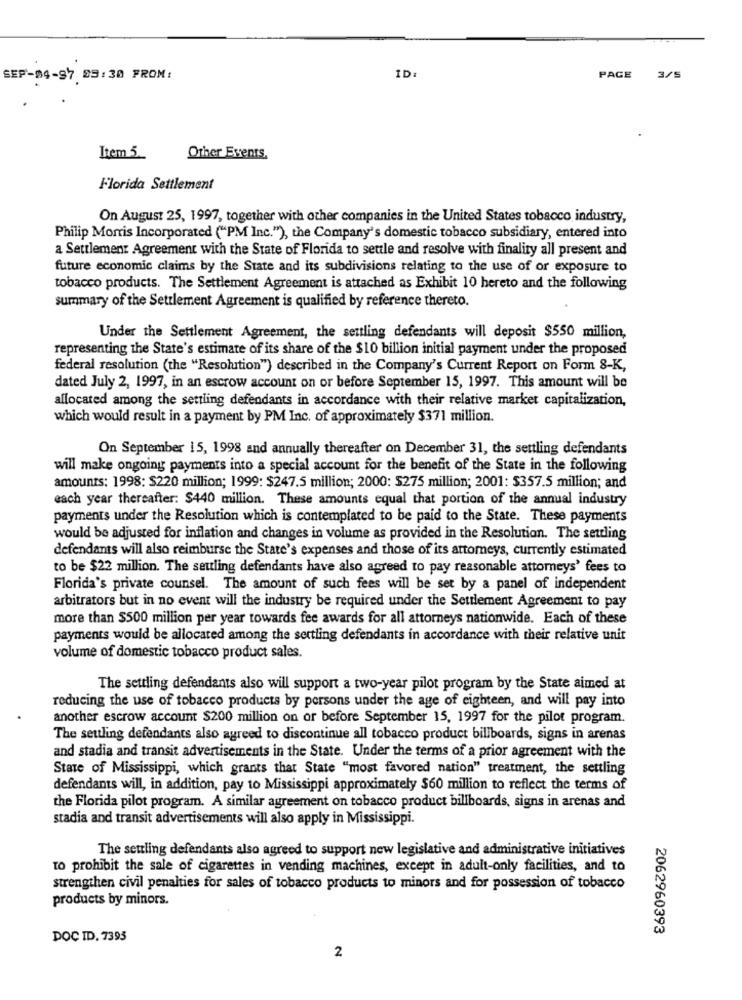
SEP-04-97 09:30 FROM:
ID:
PAGE
3/5
Item 5.
Other Events.
Florida Settlement
On August 25, 1997, together with other companies in the United States tobacco industry,
Philip Morris Incorporated ("PM Inc."), the Company's domestic tobacco subsidiary, entered into
a Settlement Agreement with the State of Florida to settle and resolve with finality all present and
future economic claims by the State and its subdivisions relating to the use of or exposure to
tobacco products. The Settlement Agreement is attached as Exhibit 10 hereto and the following
summary of the Settlement Agreement is qualified by reference thereto.
Under the Settlement Agreement, the settling defendants will deposit $550 million,
representing the State's estimate of its share of the $10 billion initial payment under the proposed
federal resolution (the "Resolution") described in the Company's Current Report on Form 8-K,
dated July 2, 1997, in an escrow account on or before September 15, 1997. This amount will be
allocated among the settling defendants in accordance with their relative market capitalization,
which would result in a payment by PM Inc. of approximately $371 million.
On September 15, 1998 and annually thereafter on December 31, the settling defendants
will make ongoing payments into a special account for the benefit of the State in the following
amounts: 1998: S220 million; 1999: $247.5 million; 2000: $275 million; 2001: $357.5 million; and
each year thereafter: $440 million. These amounts equal that portion of the annual industry
payments under the Resolution which is contemplated to be paid to the State. These payments
would be adjusted for inflation and changes in volume as provided in the Resolution. The settling
defendants will also reimburse the State's expenses and those of its attorneys, currently estimated
to be $22 million. The settling defendants have also agreed to pay reasonable attorneys' fees to
Florida's private counsel. The amount of such fees will be set by a panel of independent
arbitrators but in no event will the industry be required under the Settlement Agreement to pay
more than $500 million per year towards fee awards for all attorneys nationwide. Each of these
payments would be allocated among the settling defendants in accordance with their relative unit
volume of domestic tobacco product sales.
The settling defendants also will support a two-year pilot program by the State aimed at
reducing the use of tobacco products by persons under the age of eighteen, and will pay into
another escrow account $200 million on or before September 15, 1997 for the pilot program.
The settling defendants also agreed to discontinue all tobacco product billboards, signs in arenas
and stadia and transit advertisements in the State. Under the terms of a prior agreement with the
State of Mississippi, which grants that State "most favored nation" treatment, the settling
defendants will, in addition, pay to Mississippi approximately $60 million to reflect the terms of
the Florida pilot program. A similar agreement on tobacco product billboards, signs in arenas and
stadia and transit advertisements will also apply in Mississippi.
The settling defendants also agreed to support new legislative and administrative initiatives
to prohibit the sale of cigarettes in vending machines, except in adult-only facilities, and to
strengthen civil penalties for sales of tobacco products to minors and for possession of tobacco
products by minors.
2062960393
DOC ID. 7395
2